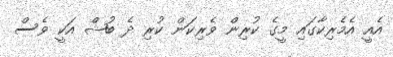
އެއީ އެމެރިކާގައި މީގެ ކުރިން ވެރިކަން ކުރި ދެ ބުޝް އަކީ ވެސް